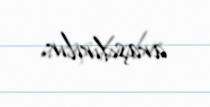
araşdırılır.